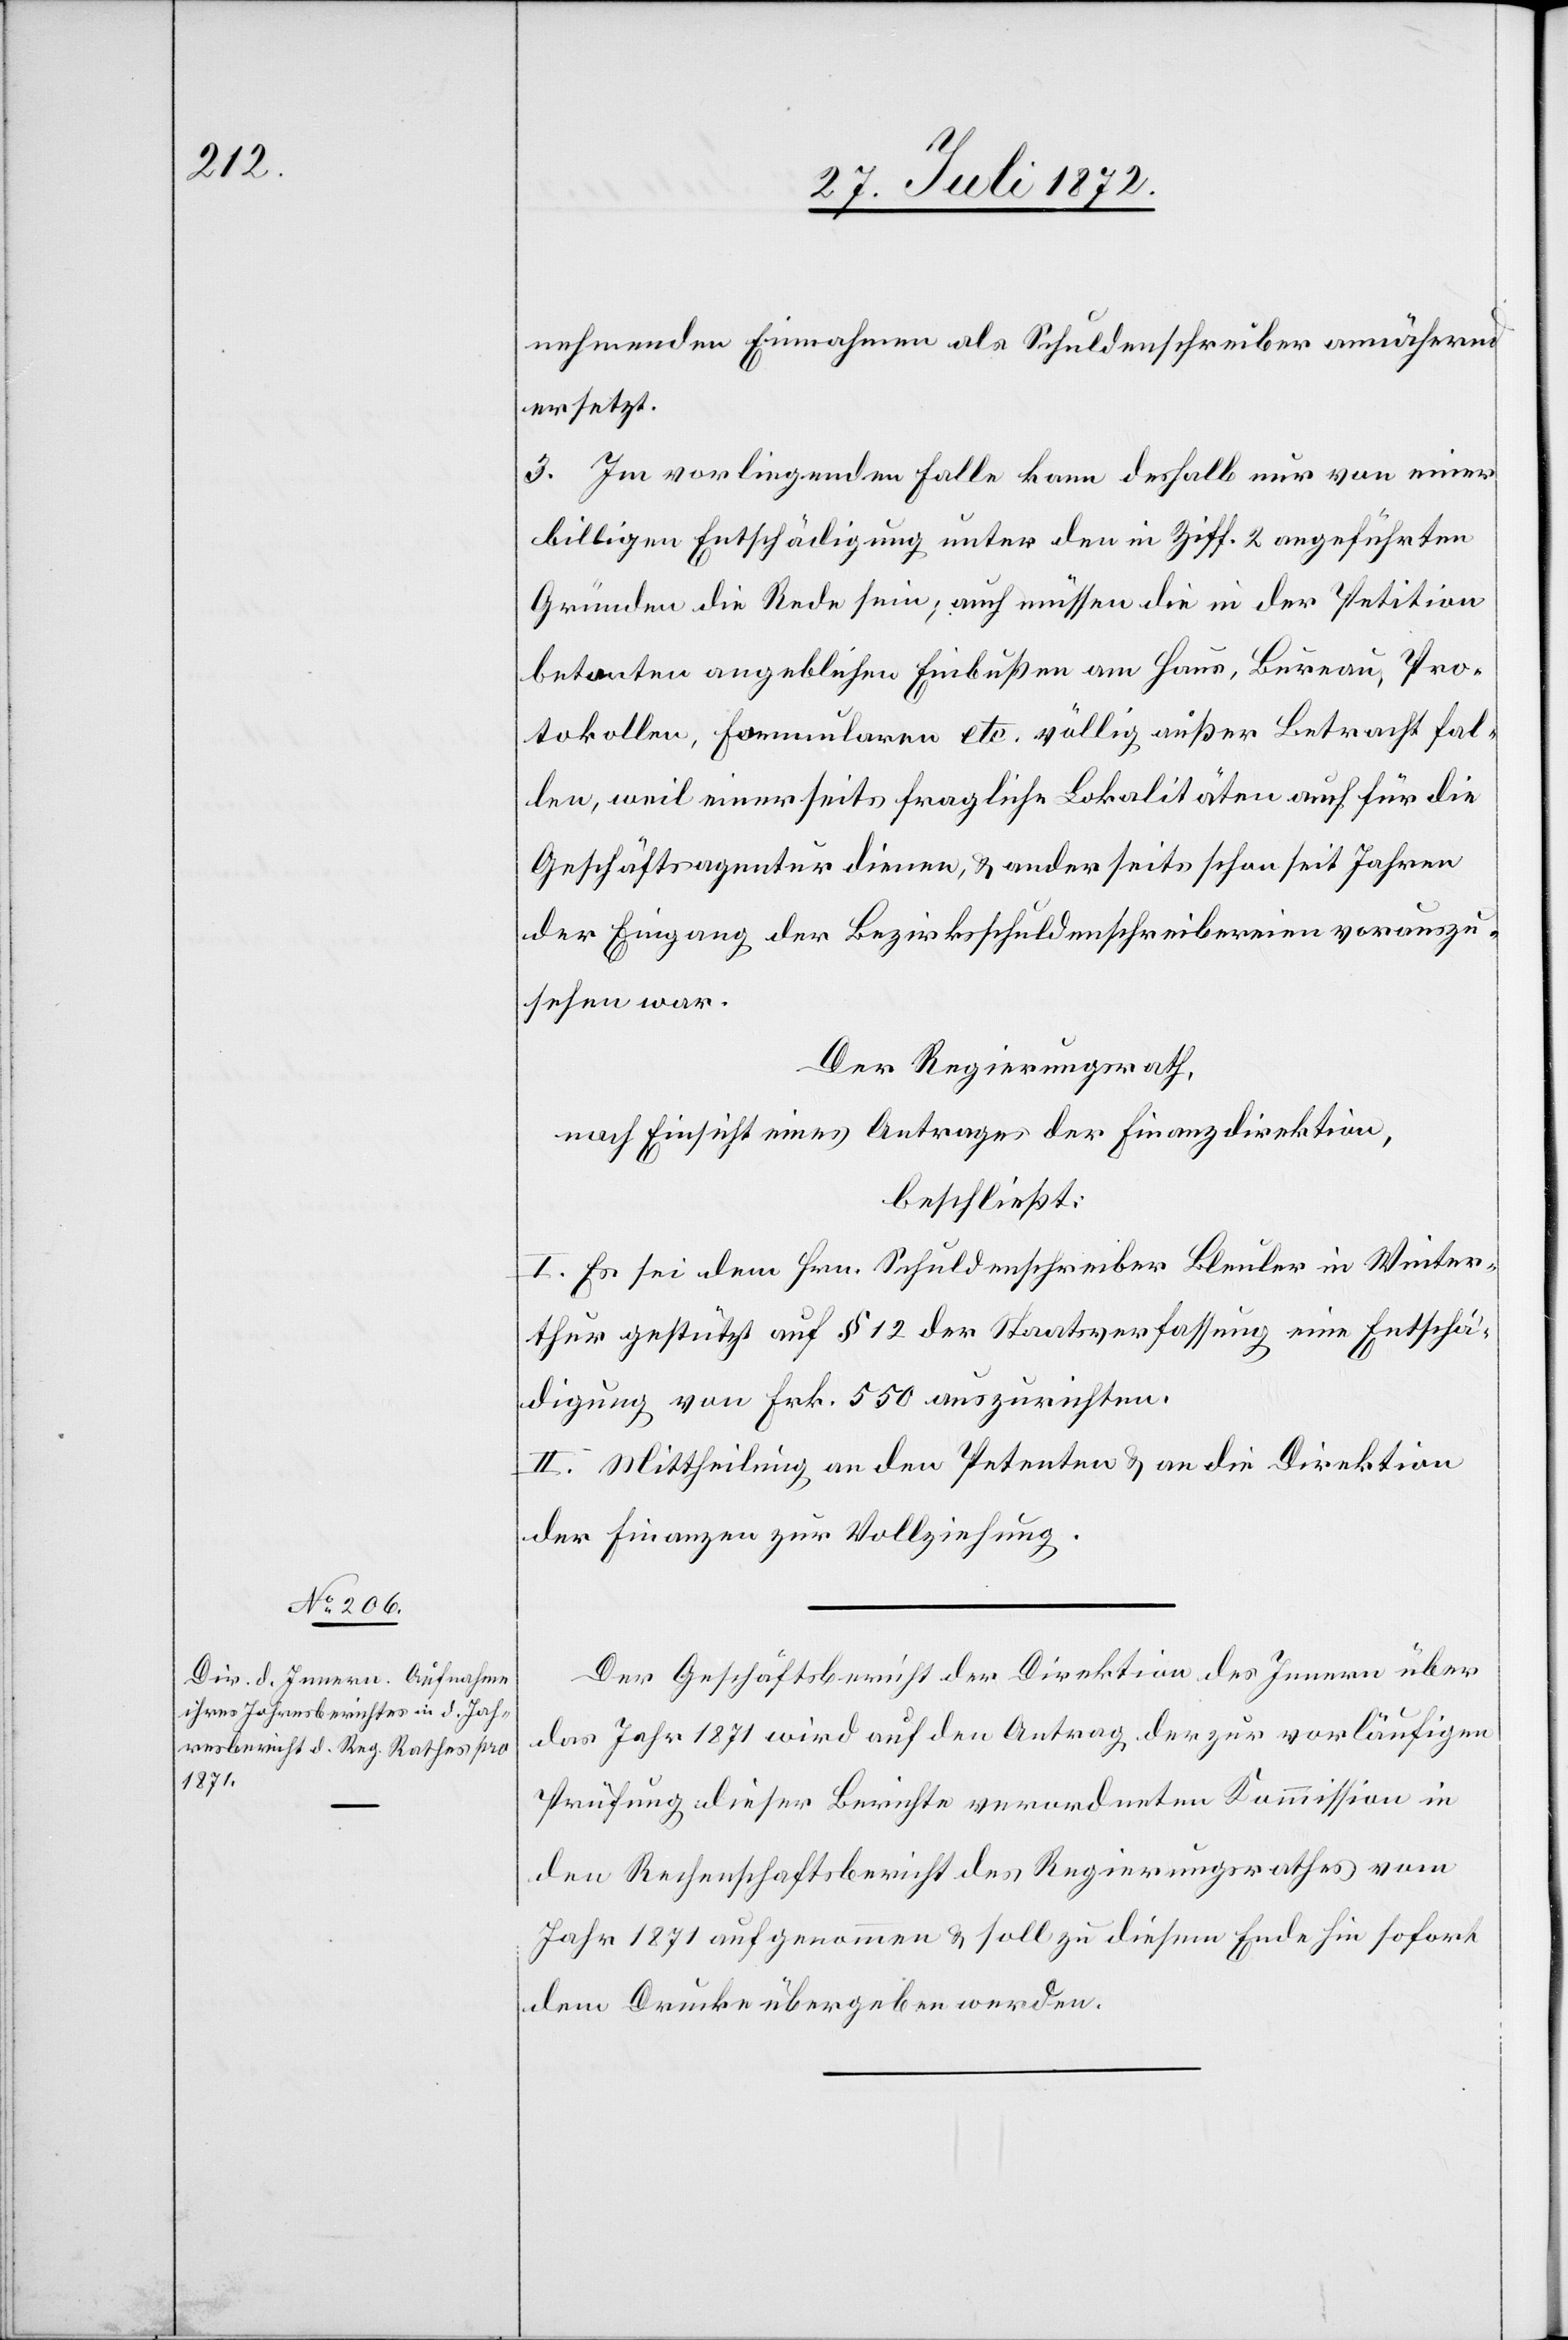
nehmenden Einnahmen als Schuldenschreiber annähernd
ersetzt.
3. Im vorliegenden Falle kann deshalb nur von einer
billigen Entschädigung unter den in Ziff. 2 angeführten
Gründen die Rede sein; auch müssen die in der Petition
betonten angeblichen Einbußen am Haus, Bureau, Pro¬
tokollen, Formularen etc. völlig außer Betracht fal¬
len, weil einerseits fragliche Lokalitäten auch für die
Geschäftsagentur dienen, u. anderseits schon seit Jahren
der Eingang der Bezirksschuldenschreibereien vorauszu¬
sehen war.
Der Regierungsrath,
nach Einsicht eines Antrages der Finanzdirektion,
beschließt:
I. Es sei dem Hrn. Schuldenschreiber Bleuler in Winter¬
thur gestützt auf § 12 der Staatsverfassung eine Entschä¬
digung von Frk. 550 auszurichten.
II. Mittheilung an den Petenten u. an die Direktion
der Finanzen zur Vollziehung.
Der Geschäftsbericht der Direktion des Innern über
das Jahr 1871 wird auf den Antrag der zur vorläufigen
Prüfung dieser Berichte verordneten Kommission in
den Rechenschaftsbericht des Regierungsrathes vom
Jahr 1871 aufgenommen u. soll zu diesem Ende hin sofort
dem Drucke übergeben werden.